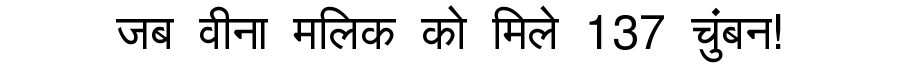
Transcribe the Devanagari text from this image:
जब वीना मलिक को मिले 137 चुंबन!